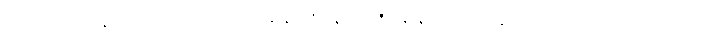
သုတေသနရလဒ်များက ညနေ(၆)နာရီအချိန်တွင် ပွန်စွာ ဘတ်စ်ကားခများ